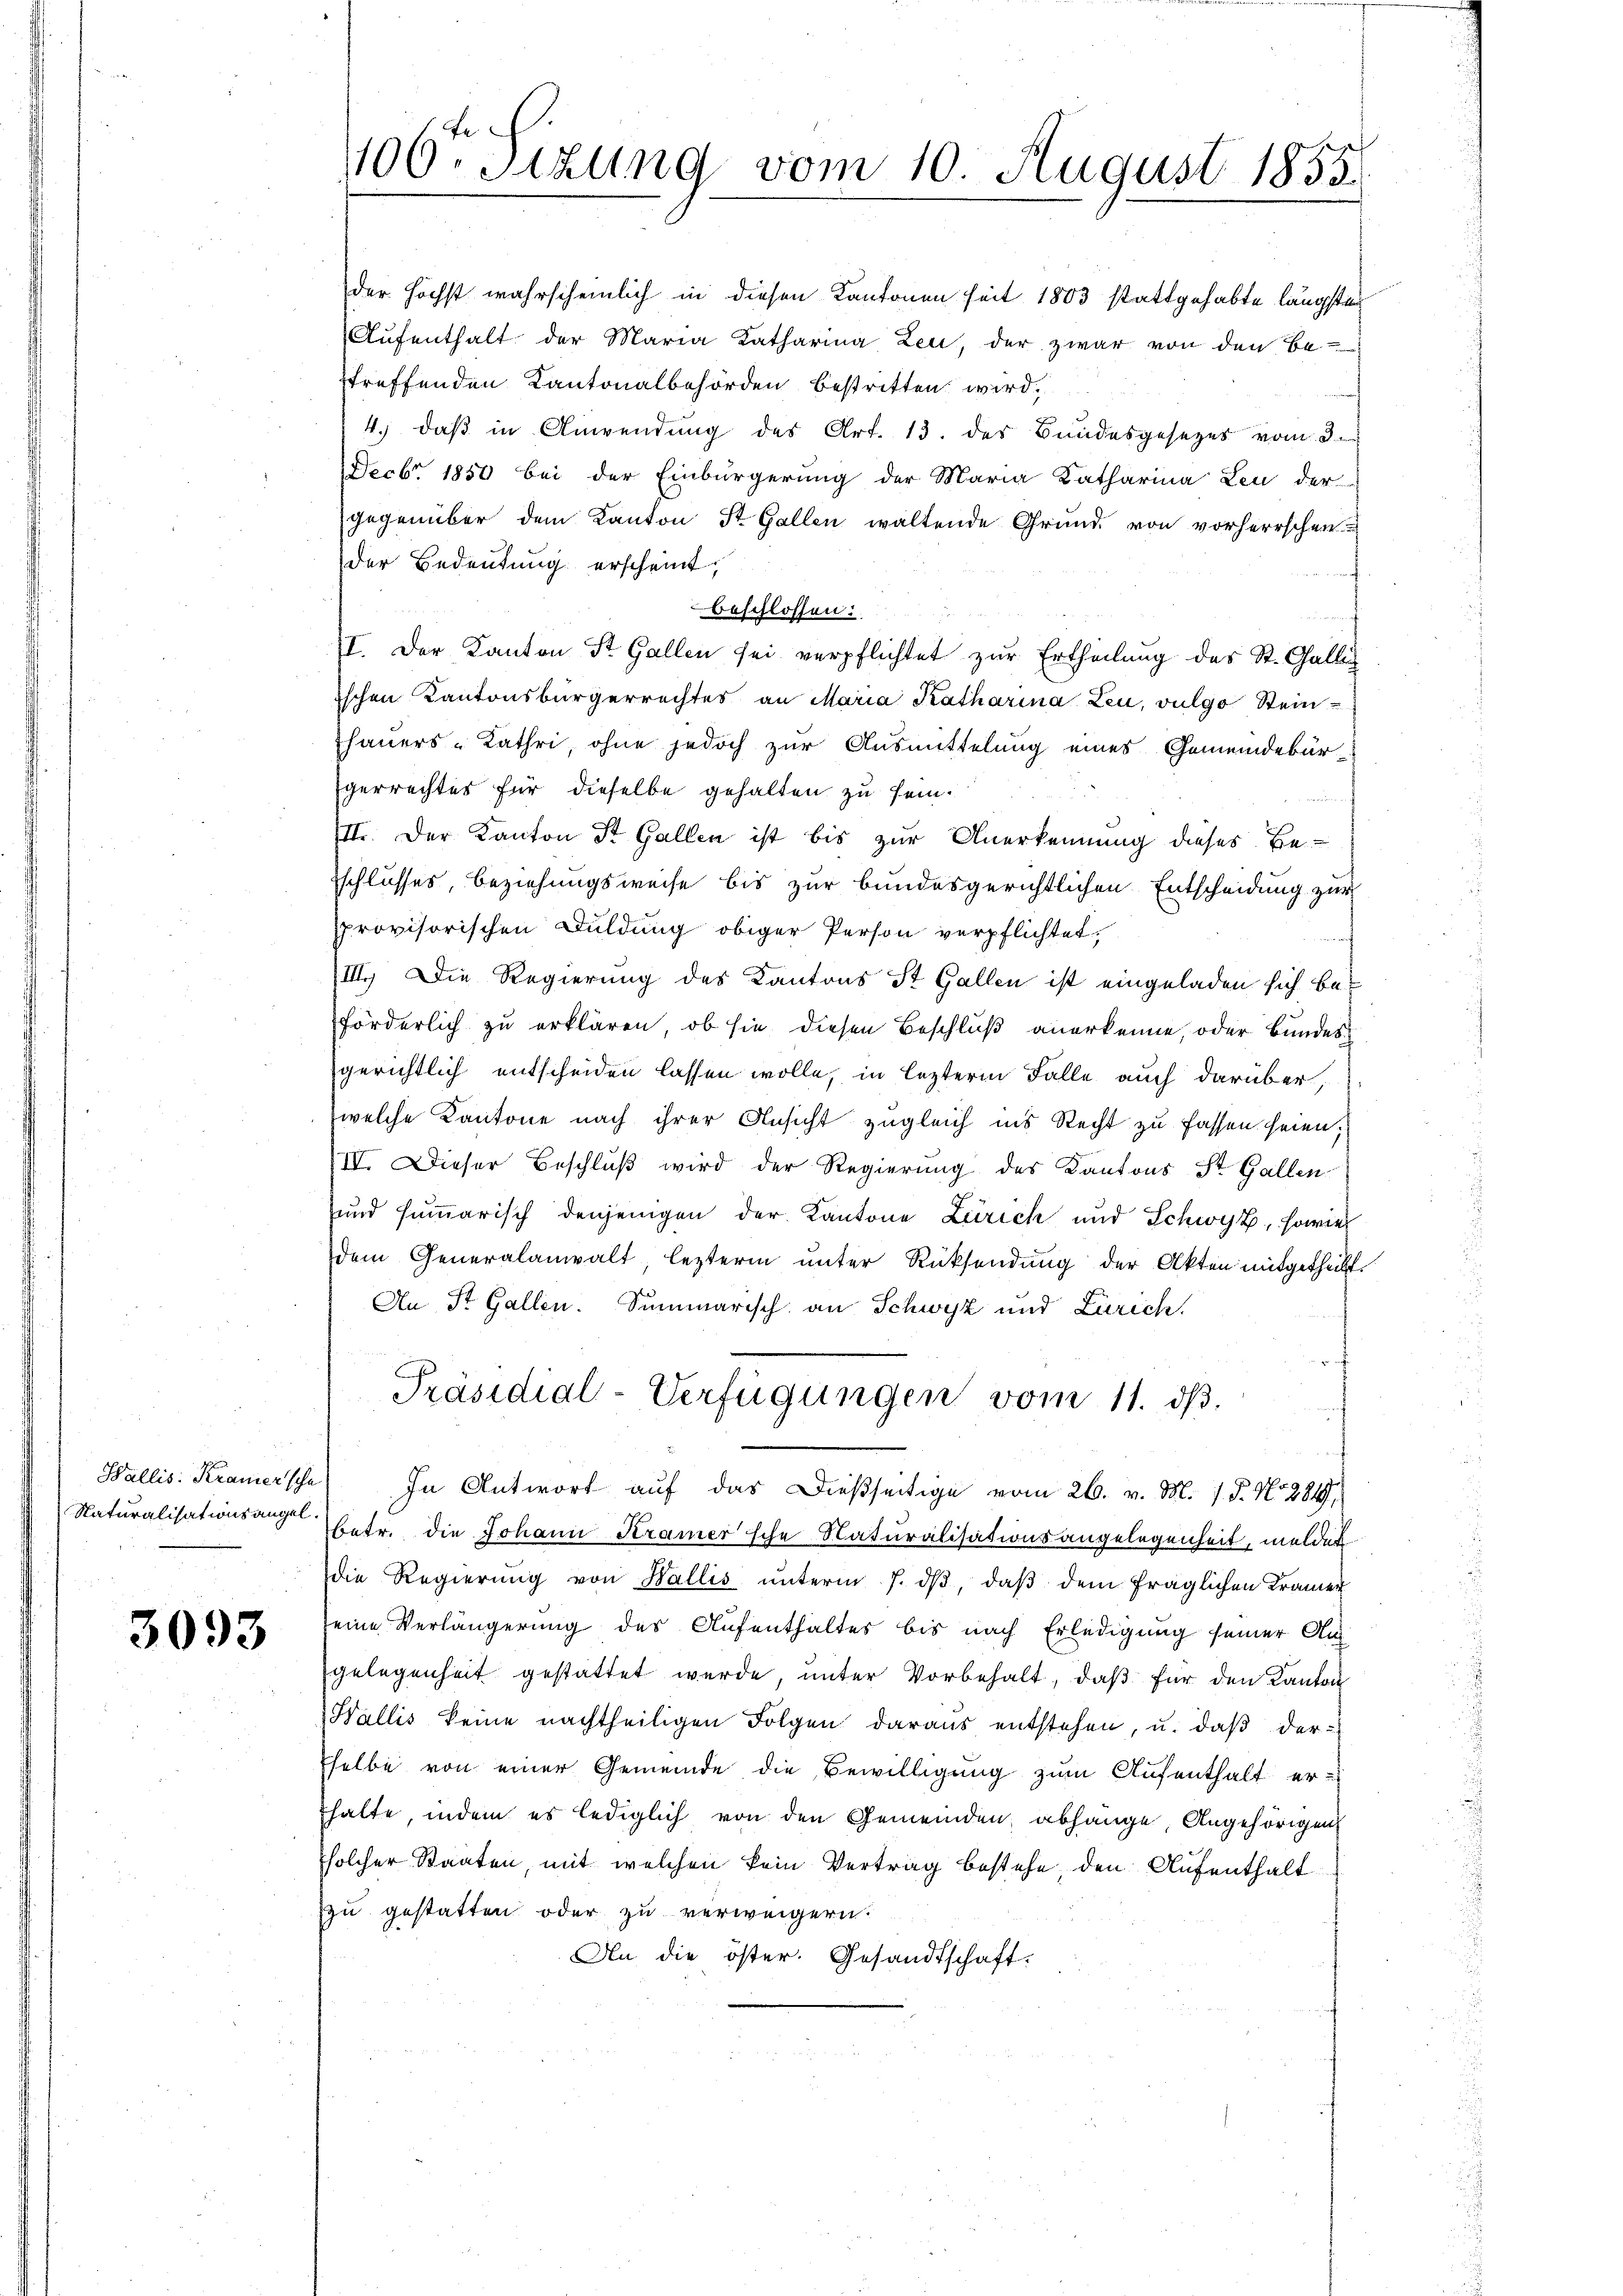
Wallis. Kramer sche
Naturalisationsangel.

3093

100. Sitzung vom 10. August 1855.

der höchst wahrscheinlich in diesen Kantonen seit 1803 stattgehabte längsten
Aŭfenthalt der Maria Katharina Leu, der zwar von den Be-
treffenden Kantonalbehörden bestritten wird,
4.) daß in Anwendung des Art. 13. des Bundesgesezes vom 8.
Fecbr. 1850 bei der Einbürgerung der Maria Katharina Leu der
gegenüber dem Kanton St. Gallen waltende Grund von vorherrschen
der Bedeutung erscheint,
beschlossen:
s
II. Der Kanton St. Gallen sei verpflichtet zur Ertheilung des St. Gallig
ischen Kantonsbürgerrechtes an Maria Katharina Leu, vulgo Steinhauers - Kathri, ohne jedoch zur Ausmittelung eines Gemeindebürgerrechtes für dieselbe gehalten zu sein.
und
III. Der Kanton St. Gallen ist bis zur Anerkennung dieses Be-
schlusses, beziehungsweise bis zur bundesgerichtlichen Entscheidung zur
provisorischen Duldung obiger Person verpflichtet.
III.) Die Regierung des Kantons St. Gallen ist eingeladen sich kaförderlich zu erklären, ob sie diesen Beschluß anerkenne, oder Bundes
gerichtlich entscheiden lassen wolle, in lezterm Falle auch darüber,
welche Kantone nach ihrer Ansicht zugleich ins Recht zu fassen seien;
IV. Dieser Beschluß wird der Regierung des Kantons St. Gallen
und summarisch denjenigen der Kantone Zürich und Schwyz, sowie
dem Generalanwalt, lezterm unter Rücksendung der Akten mitgetheilt.
An St. Gallen. Summarisch an Schwyz und Zürich.
Präsidial-Verfügungen vom 11. dβ.
In Antwort auf das dießseitige vom 26. v. M. 1. P. No 284
betr. die Johann Kramer sche Naturalisationsangelegenheit, meldet
die Regierung von Wallis unterm 7. ds, daß dem fraglichen Krämer
seine Verlängerung des Aufenthaltes bis nach Erledigung seiner An
gelegenheit gestattet werde, unter Vorbehalt, daß für den Kanton
Wallis keine nachtheiligen Folgen daraus entstehen, u. daß der-
selbe von einer Gemeinde die Bewilligung zum Aufenthalt er-
halte, indem es lediglich von den Gemeinden, abhänge, Angehörigen
solcher Staaten mit welchen kein Vertrag bestehe, den Aufenthalt
zu gestatten oder zu verweigern.
An die öster. Gesandtschaft.